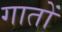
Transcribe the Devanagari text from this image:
गातों